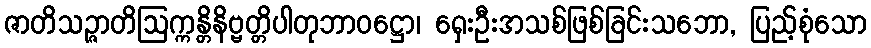
ဇာတိသဉ္ဇာတိဩက္ကန္တိနိဗ္ဗတ္တိပါတုဘာဝဋ္ဌော၊ ရှေးဦးအသစ်ဖြစ်ခြင်းသဘော, ပြည့်စုံသော